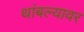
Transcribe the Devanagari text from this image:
थांबल्यावर